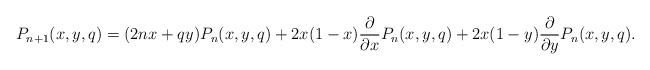
LaTeX: \begin{align*}P_{n+1}(x,y,q)=(2nx+qy)P_n(x,y,q)+2x(1-x)\frac{\partial}{\partial x}P_n(x,y,q)+2x(1-y)\frac{\partial}{\partial y}P_n(x,y,q).\end{align*}